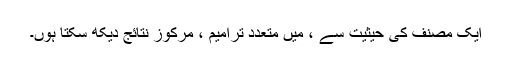
ایک مصنف کی حیثیت سے ، میں متعدد ترامیم ، مرکوز نتائج دیکھ سکتا ہوں۔